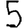
Digit: 5